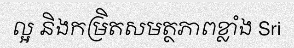
ល្អ និងកម្រិតសមត្ថភាពខ្លាំង Sri